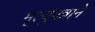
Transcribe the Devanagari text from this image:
मृत्युपत्राने